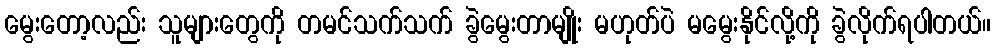
မွေးတော့လည်း သူများတွေကို တမင်သက်သက် ခွဲမွေးတာမျိုး မဟုတ်ပဲ မမွေးနိုင်လို့ကို ခွဲလိုက်ရပါတယ်။